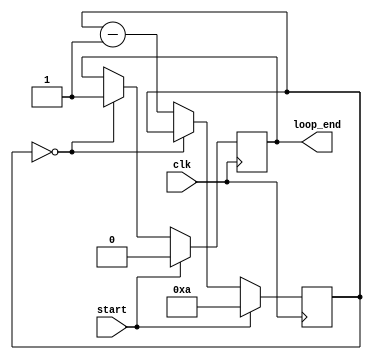
module decremental_for_loop (
    input clk,
    input start,
    output reg loop_end
);

reg [7:0] counter;
parameter START_VALUE = 10;
parameter END_VALUE = 0;
parameter DECREMENT = 1;

always @ (posedge clk) begin
    if (start) begin
        counter = START_VALUE;
        loop_end = 0;
    end else begin
        if (counter == END_VALUE) begin
            loop_end = 1;
        end else begin
            counter = counter - DECREMENT;
            // Execute set of statements here
        end
    end
end

endmodule